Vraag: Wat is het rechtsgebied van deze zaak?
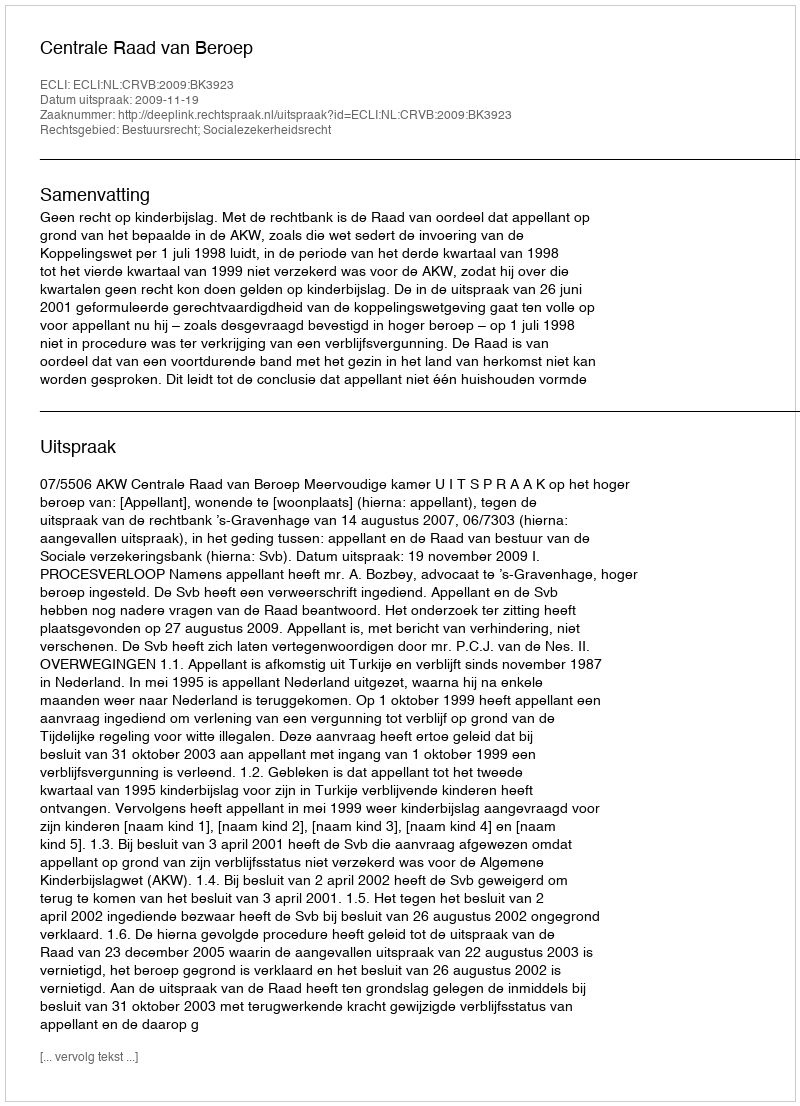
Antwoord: Bestuursrecht; Socialezekerheidsrecht